Annual report of the Bengal Veterinary College and of the Civil Veterinary Department, Bengal, for the year 1911-1912 - 1911-1912
Year: 1911
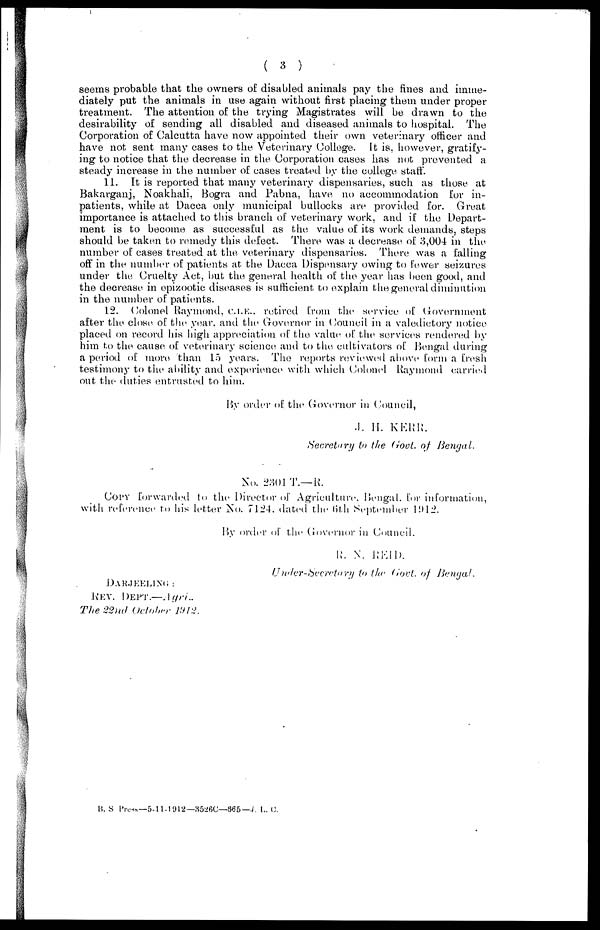
( 3 )
seems probable that the owners of disabled animals pay the fines and imme-
diately put the animals in use again without first placing them under proper
treatment. The attention of the trying Magistrates will be drawn to the
desirability of sending all disabled and diseased animals to hospital. The
Corporation of Calcutta have now appointed their own veterinary officer and
have not sent many cases to the Veterinary College. It is, however, gratify-
ing to notice that the decrease in the Corporation cases has not prevented a
steady increase in the number of cases treated by the college staff.
11. It is reported that many veterinary dispensaries, such as those at
Bakarganj, Noakhali, Bogra and Pabna, have no accommodation for in-
patients, while at Dacca only municipal bullocks are provided for. Great
importance is attached to this branch of veterinary work, and if the Depart-
ment is to become as successful as the value of its work demands, steps
should be taken to remedy this defect. There was a decrease of 3,004 in the
number of cases treated at the veterinary dispensaries. There was a falling
off in the number of patients at the Dacca Dispensary owing to fewer seizures
under the Cruelty Act, but the general health of the year has been good, and
the decrease in epizootic diseases is sufficient to explain the general diminution
in the number of patients.
12. Colonel Raymond, C.I.E., retired from the service of Government
after the close of the year, and the Governor in Council in a valedictory notice
placed on record his high appreciation of the value of the services rendered by
him to the cause of veterinary science and to the cultivators of Bengal during
a period of more than 15 years. The reports reviewed above form a fresh
testimony to the ability and experience with which Colonel Raymond carried
out the duties entrusted to him.
By order of the Governor in Council,
J. H. KERR.
Secretary to the Govt. of Bengal.
No. 2301 T.— R.
Copy forwarded to the Director of Agriculture. Bengal, for information,
with reference to his letter No. 7124. dated the 6th September 1912.
By order of the Governor in Council.
R. N. REID.
Under-Secretary to the Govt. of Bengal.
DARJEELING:
REV. DEFT.—Agri..
The 22nd October 1912.
B. S Press—5-11-1912—3526C—665—J. L. C.